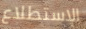
الاستطلاع